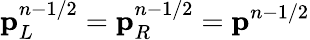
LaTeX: \mathbf{p}_{L}^{n-1/2}=\mathbf{p}_{R}^{n-1/2}=\mathbf{p}^{n-1/2}